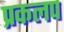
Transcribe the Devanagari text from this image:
प्रकलप